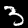
Label: 3